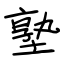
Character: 塾